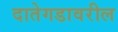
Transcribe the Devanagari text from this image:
दातेगडावरील